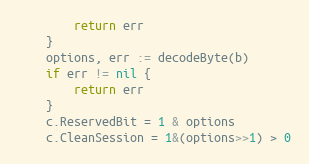
Language: Go
		return err
	}
	options, err := decodeByte(b)
	if err != nil {
		return err
	}
	c.ReservedBit = 1 & options
	c.CleanSession = 1&(options>>1) > 0